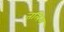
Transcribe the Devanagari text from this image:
तलिम